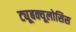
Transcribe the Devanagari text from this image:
ट्यूबक्यूलोसिस